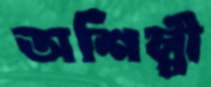
অশিল্পী